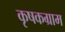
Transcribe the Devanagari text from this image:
कृषकग्राम